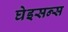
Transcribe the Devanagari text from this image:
घेइसन्स